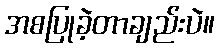
အစပြုခဲ့တာချည်းပဲ။